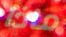
ماذا